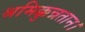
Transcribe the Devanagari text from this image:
श्रमिक्कुन्नतान।